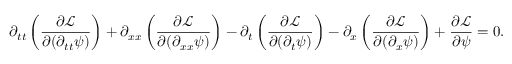
\partial _ { t t } \left( { \frac { \partial { \mathcal { L } } } { \partial ( \partial _ { t t } \psi ) } } \right) + \partial _ { x x } \left( { \frac { \partial { \mathcal { L } } } { \partial ( \partial _ { x x } \psi ) } } \right) - \partial _ { t } \left( { \frac { \partial { \mathcal { L } } } { \partial ( \partial _ { t } \psi ) } } \right) - \partial _ { x } \left( { \frac { \partial { \mathcal { L } } } { \partial ( \partial _ { x } \psi ) } } \right) + { \frac { \partial { \mathcal { L } } } { \partial \psi } } = 0 .